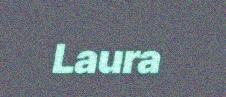
Laura